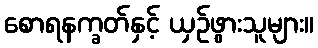
စောရနက္ခတ်နှင့် ယှဉ်ဖွားသူများ။